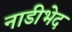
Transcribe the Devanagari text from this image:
नाडीभेद